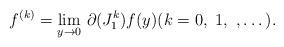
LaTeX: \begin{align*}f^{(k)}=\underset{y\to 0}{\lim}\ \partial(J_1^k) f(y) (k=0,\ 1,\ ,\dots).\end{align*}